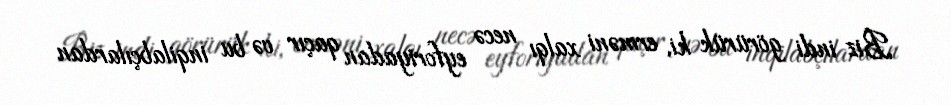
Biz indi görürük ki, erməni xalqı necə eyforiyadan qaçır və bu inqilabçılardan